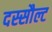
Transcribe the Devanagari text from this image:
दस्सौल्ट